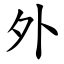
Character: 外